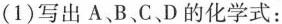
(1)写出A、B、C、D的化学式：